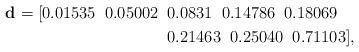
LaTeX: \begin{align*}\mathbf d_{} = [ 0.01535 \;\;0.05002 &\;\;0.0831 \;\;0.14786 \;\;0.18069 \\ & \;\;0.21463 \;\;0.25040 \;\;0.71103 ],\end{align*}